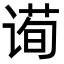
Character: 䜦